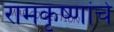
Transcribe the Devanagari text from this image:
रामकृष्णांचे